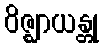
ဝိဇ္ဈာယန္တု